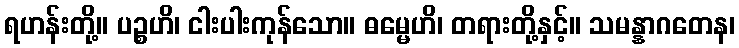
ရဟန်းတို့။ ပဉ္စဟိ၊ ငါးပါးကုန်သော။ ဓမ္မေဟိ၊ တရားတို့နှင့်။ သမန္နာဂတေန၊